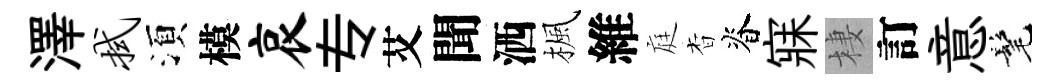
澤拭湏模哀专艾聞洒楓維庭杳脊寐棲訂意髦